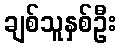
ချစ်သူနှစ်ဦး